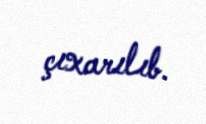
çıxarılıb.